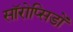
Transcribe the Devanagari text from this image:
सॉरोप्सिडों